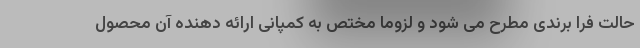
حالت فرا برندی مطرح می شود و لزوما مختص به کمپانی ارائه دهنده آن محصول